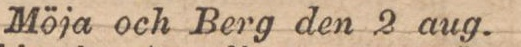
Möja och Berg den 2 aug.